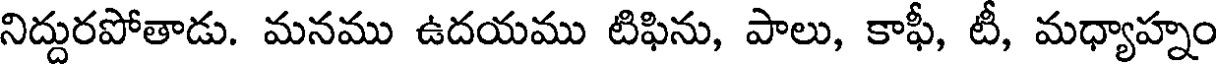
నిద్దురపోతాడు. మనము ఉదయము టిఫిను, పాలు, కాఫీ, టీ, మధ్యాహ్నం